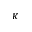
_ K